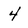
Character: 4